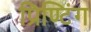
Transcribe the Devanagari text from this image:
प्रिण्टिंग